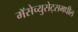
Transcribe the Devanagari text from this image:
मॅसेच्युसेट्समधील